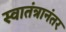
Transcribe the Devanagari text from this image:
स्वातंत्रानंतर